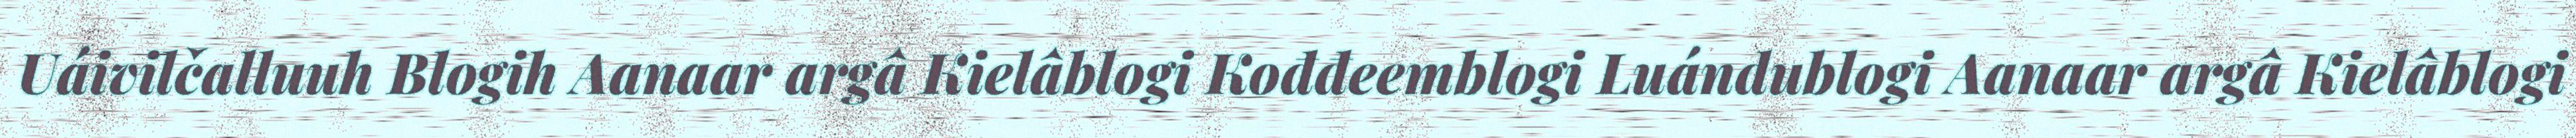
Uáivilčalluuh Blogih Aanaar argâ Kielâblogi Kođđeemblogi Luándublogi Aanaar argâ Kielâblogi